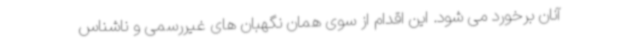
آنان برخورد می شود. این اقدام از سوی همان نگهبان های غیررسمی و ناشناس